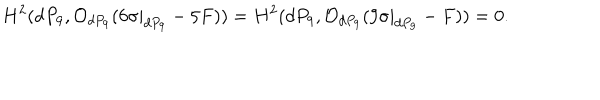
LaTeX: H ^ { 2 } ( d P _ { 9 } , { \cal O } _ { d P _ { 9 } } ( 6 \sigma | _ { d P _ { 9 } } - 5 F ) ) = H ^ { 2 } ( d P _ { 9 } , { \cal O } _ { d P _ { 9 } } ( 9 \sigma | _ { d P _ { 9 } } - F ) ) = 0 .